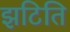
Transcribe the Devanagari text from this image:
झटिति